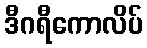
ဒီဂရီကောလိပ်